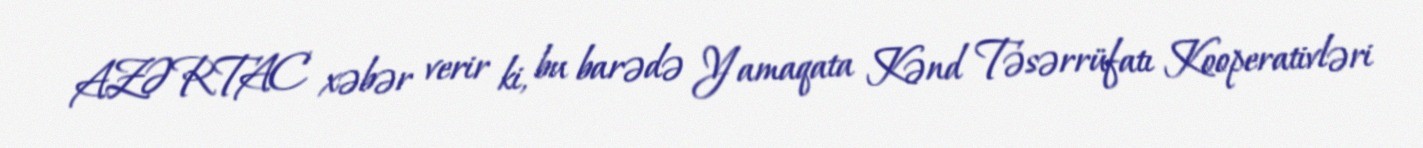
AZƏRTAC xəbər verir ki, bu barədə Yamaqata Kənd Təsərrüfatı Kooperativləri